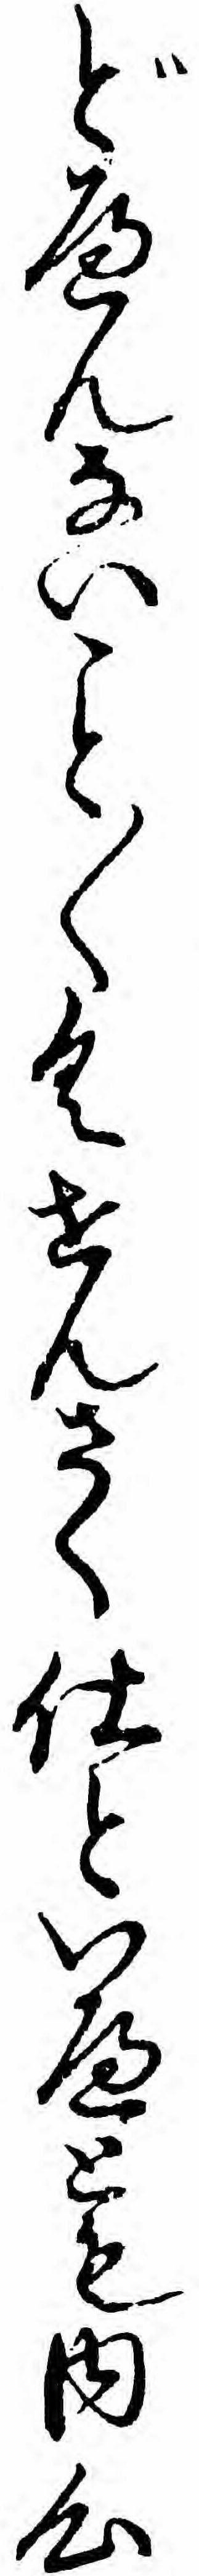
どへんない〱くせんさく仕といへとも内心